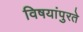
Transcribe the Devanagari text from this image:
विषयांपुरते